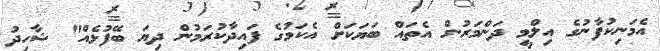
އެމަނިކުފާނުގެ އިލްމީ ދަންމަރުން އެތައް ބަޔަކަށް އެކަމުގެ ފައިދާކުރަމުން ދިޔަ ބޭފުޅެއް" ޝާހިދު